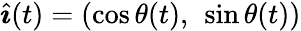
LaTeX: {\hat{\boldsymbol{\imath}}}(t)=(\cos\theta(t),\ \sin\theta(t))